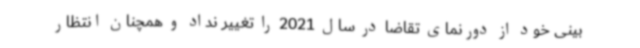
بینی خود از دورنمای تقاضا در سال 2021 را تغییر نداد و همچنان انتظار